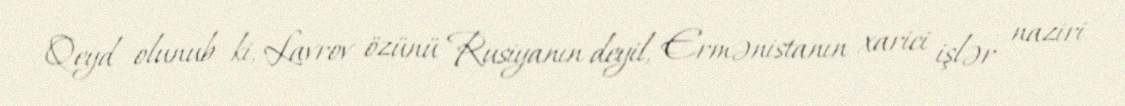
Qeyd olunub ki, Lavrov özünü Rusiyanın deyil, Ermənistanın xarici işlər naziri